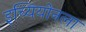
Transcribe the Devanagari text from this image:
इच्यियोनला